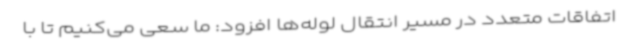
اتفاقات متعدد در مسیر انتقال لوله‌ها افزود: ما سعی می‌کنیم تا با